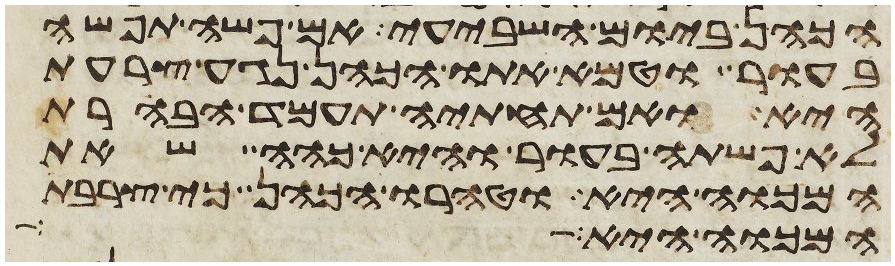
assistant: הכהן ביום השביעי אם פשה תפשה
בעור וטמא אתו הכהן נגע צרעת
היא ואם תחתיה תעמד הבהרת
לא פשתה בעור והיא כהה שאת
המכוה היא וטהרו הכהן כי צרבת
המכוה היא